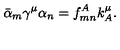
\bar { \alpha } _ { m } \gamma ^ { \mu } \alpha _ { n } = f _ { m n } ^ { A } k _ { A } ^ { \mu } .